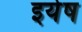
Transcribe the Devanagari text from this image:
इयेष